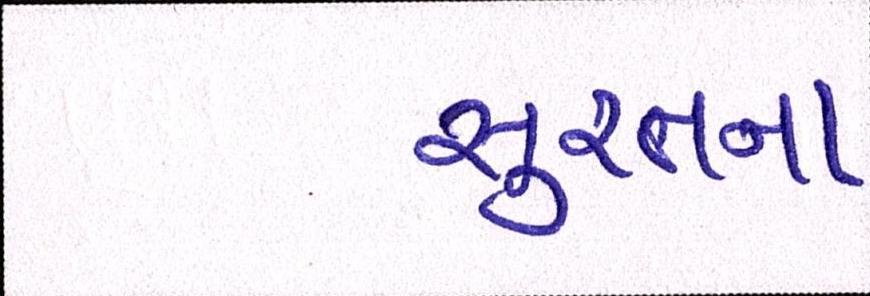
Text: સુરતના